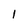
Character: l